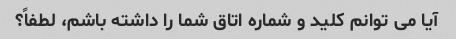
آیا می توانم کلید و شماره اتاق شما را داشته باشم، لطفاً؟